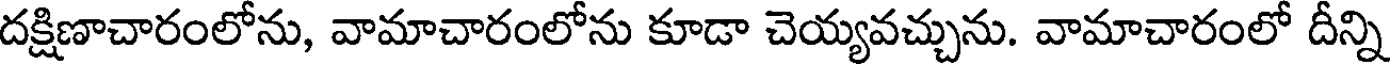
దక్షిణాచారంలోను, వామాచారంలోను కూడా చెయ్యవచ్చును. వామాచారంలో దీన్ని